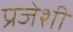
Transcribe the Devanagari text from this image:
प्रजेशी